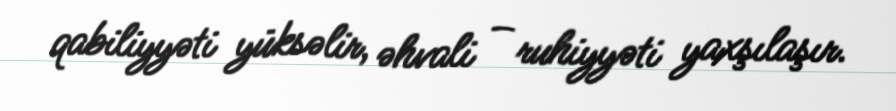
qabiliyyəti yüksəlir, əhvali – ruhiyyəti yaxşılaşır.